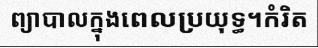
ព្យាបាលក្នុងពេលប្រយុទ្ធ។កំរិត